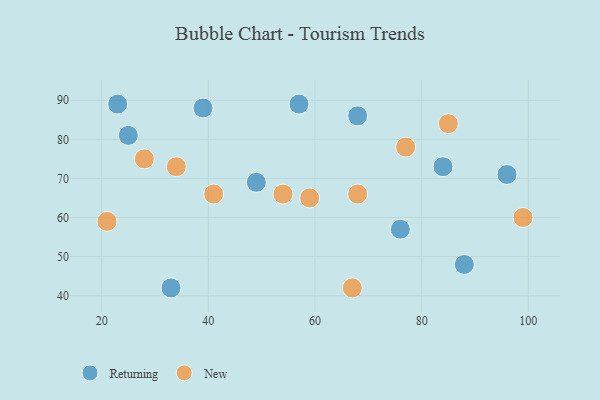
{"axis": {"x": "GDP", "y": "Life Expectancy"}, "legend": ["New", "Returning"], "data": [{"x": "88", "y": 48, "type": "Returning"}, {"x": "33", "y": 42, "type": "Returning"}, {"x": "76", "y": 57, "type": "Returning"}, {"x": "84", "y": 73, "type": "Returning"}, {"x": "96", "y": 71, "type": "Returning"}, {"x": "23", "y": 89, "type": "Returning"}, {"x": "68", "y": 86, "type": "Returning"}, {"x": "49", "y": 69, "type": "Returning"}, {"x": "25", "y": 81, "type": "Returning"}, {"x": "39", "y": 88, "type": "Returning"}, {"x": "57", "y": 89, "type": "Returning"}, {"x": "41", "y": 66, "type": "New"}, {"x": "34", "y": 73, "type": "New"}, {"x": "68", "y": 66, "type": "New"}, {"x": "85", "y": 84, "type": "New"}, {"x": "54", "y": 66, "type": "New"}, {"x": "28", "y": 75, "type": "New"}, {"x": "77", "y": 78, "type": "New"}, {"x": "59", "y": 65, "type": "New"}, {"x": "99", "y": 60, "type": "New"}, {"x": "67", "y": 42, "type": "New"}, {"x": "21", "y": 59, "type": "New"}]}